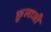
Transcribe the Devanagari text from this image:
फ़ुलाजी